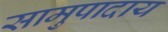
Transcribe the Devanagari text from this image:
सामुपादाय